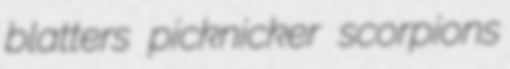
blatters picknicker scorpions